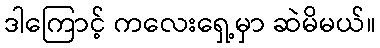
ဒါကြောင့် ကလေးရှေ့မှာ ဆဲမိမယ်။